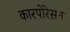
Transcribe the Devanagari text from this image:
कारपोरेस़न